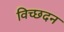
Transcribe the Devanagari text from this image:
विच्छदन